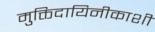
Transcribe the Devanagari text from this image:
मुक्तिदायिनीकाशी